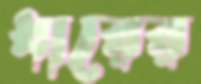
ধারের